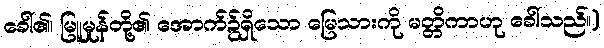
ခေါ်၏၊ မြူမှုန်တို့၏ အောက်၌ရှိသော မြေသားကို မတ္တိကာဟု ခေါ်သည်။)